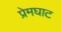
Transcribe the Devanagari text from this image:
प्रेमघाट